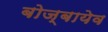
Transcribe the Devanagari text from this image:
बोज्बायेव